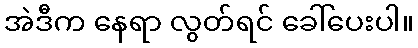
အဲဒီက နေရာ လွတ်ရင် ခေါ်ပေးပါ။